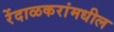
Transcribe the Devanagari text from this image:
रेंदाळकरांमधील